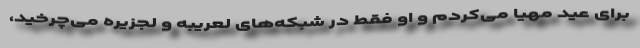
برای عید مهیا می‌کردم و او فقط در شبکه‌های لعریبه و لجزیره می‌چرخید،